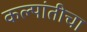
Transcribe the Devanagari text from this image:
कल्पांतीचा